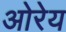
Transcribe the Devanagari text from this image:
ओरेय